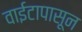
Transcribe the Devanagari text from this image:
वाईटापासून